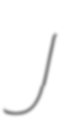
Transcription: J